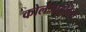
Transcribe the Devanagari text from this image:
कोलेंजाइटिस